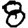
Digit: 8